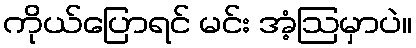
ကိုယ်ပြောရင် မင်း အံ့ဩမှာပဲ။